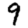
Digit: 9